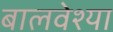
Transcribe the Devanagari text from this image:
बालवेश्या